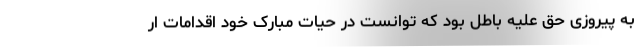
به پیروزی حق علیه باطل بود که توانست در حیات مبارک خود اقدامات ار